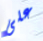
على